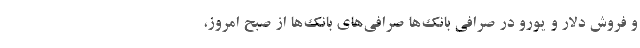
و فروش دلار و یورو در صرافی بانک‌ها صرافی‌های بانک‌ها از صبح امروز،